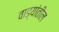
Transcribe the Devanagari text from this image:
वाड्यांतील